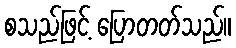
စသည်ဖြင့် ပြောတတ်သည်။